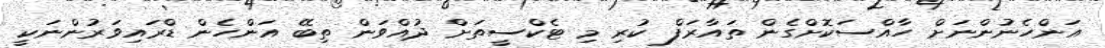
އަންހެނުންނަށް ހާއްސަކޮށްގެން ތައާރަފް ކުރި މި ޓެކްސީތަށް ދުއްވަން ތިބޭ އަންހެން ޑްރައިވަރުންނަކީ